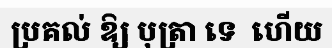
ប្រគល់ ឱ្យ បុត្រា ទេ  ហើយ